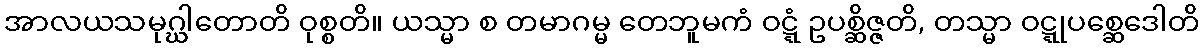
အာလယသမုဂ္ဃါတောတိ ဝုစ္စတိ။ ယသ္မာ စ တမာဂမ္မ တေဘူမကံ ဝဋ္ဋံ ဥပစ္ဆိဇ္ဇတိ, တသ္မာ ဝဋ္ဋုပစ္ဆေဒေါတိ